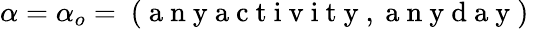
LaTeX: \alpha=\alpha_{o}=\mathrm{~(~a~n~y~a~c~t~i~v~i~t~y~,~a~n~y~d~a~y~)~}